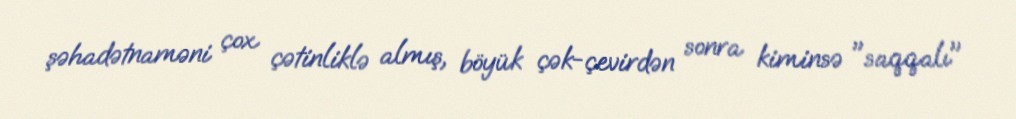
şəhadətnaməni çox çətinliklə almış, böyük çək-çevirdən sonra kiminsə "saqqalı"